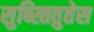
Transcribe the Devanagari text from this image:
सुब्स्तितुतेस